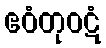
ဧဝံတုဝဋံ